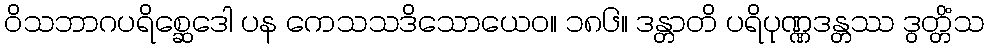
ဝိသဘာဂပရိစ္ဆေဒေါ ပန ကေသသဒိသောယေဝ။ ၁၈၆။ ဒန္တာတိ ပရိပုဏ္ဏဒန္တဿ ဒွတ္တိံသ